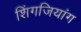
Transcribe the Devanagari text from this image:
शिंगजियांग